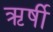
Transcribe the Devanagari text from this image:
ऋर्षी